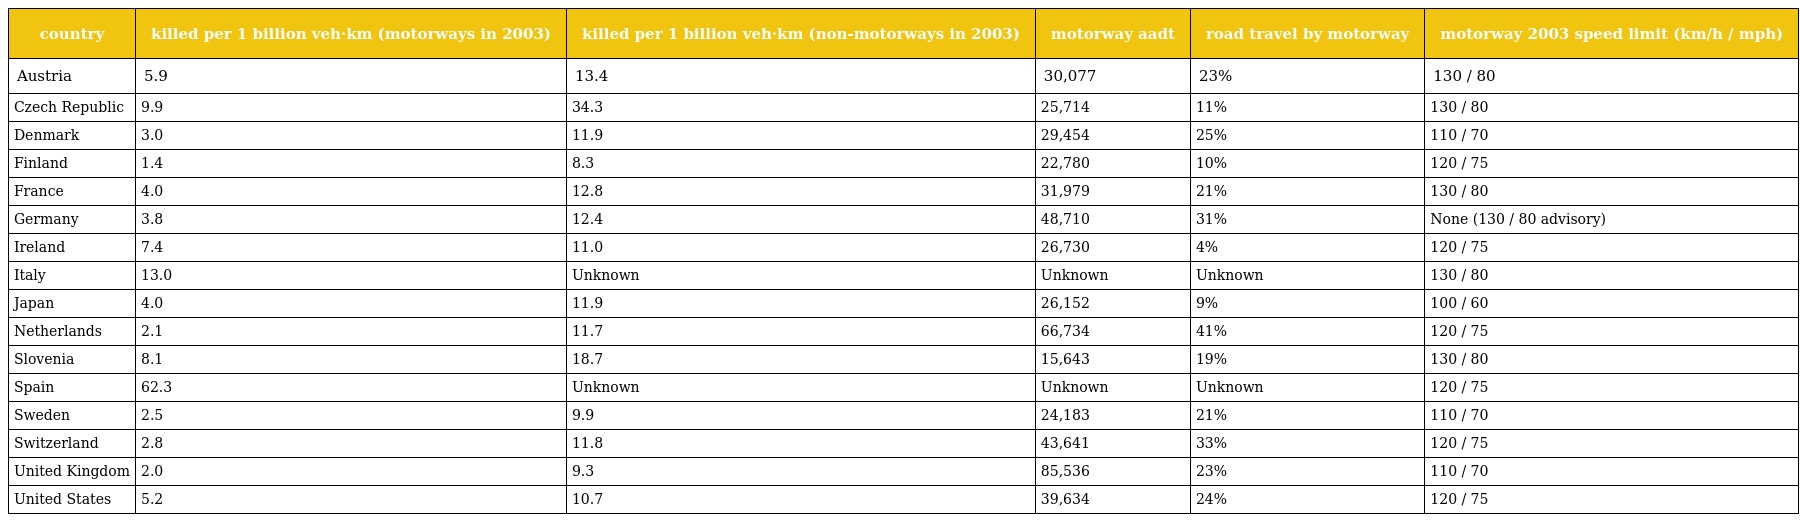
| country | killed per 1 billion veh·km (motorways in 2003) | killed per 1 billion veh·km (non-motorways in 2003) | motorway aadt | road travel by motorway | motorway 2003 speed limit (km/h / mph) |
 | --- | --- | --- | --- | --- | --- |
 | Austria | 5.9 | 13.4 | 30,077 | 23% | 130 / 80 |
 | Czech Republic | 9.9 | 34.3 | 25,714 | 11% | 130 / 80 |
 | Denmark | 3.0 | 11.9 | 29,454 | 25% | 110 / 70 |
 | Finland | 1.4 | 8.3 | 22,780 | 10% | 120 / 75 |
 | France | 4.0 | 12.8 | 31,979 | 21% | 130 / 80 |
 | Germany | 3.8 | 12.4 | 48,710 | 31% | None (130 / 80 advisory) |
 | Ireland | 7.4 | 11.0 | 26,730 | 4% | 120 / 75 |
 | Italy | 13.0 | Unknown | Unknown | Unknown | 130 / 80 |
 | Japan | 4.0 | 11.9 | 26,152 | 9% | 100 / 60 |
 | Netherlands | 2.1 | 11.7 | 66,734 | 41% | 120 / 75 |
 | Slovenia | 8.1 | 18.7 | 15,643 | 19% | 130 / 80 |
 | Spain | 62.3 | Unknown | Unknown | Unknown | 120 / 75 |
 | Sweden | 2.5 | 9.9 | 24,183 | 21% | 110 / 70 |
 | Switzerland | 2.8 | 11.8 | 43,641 | 33% | 120 / 75 |
 | United Kingdom | 2.0 | 9.3 | 85,536 | 23% | 110 / 70 |
 | United States | 5.2 | 10.7 | 39,634 | 24% | 120 / 75 |